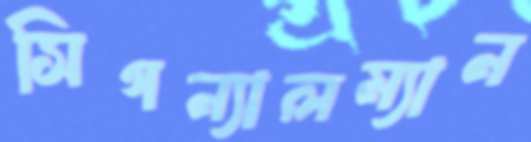
সিগন্যালম্যান